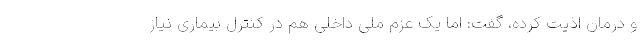
و درمان اذیت کرده، گفت: اما یک عزم ملی داخلی هم در کنترل بیماری نیاز